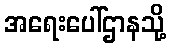
အရေးပေါ်ဌာနသို့